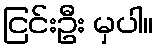
ငြင်းဦး မှပါ။